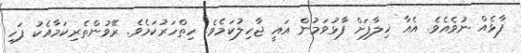
ފާޅެއް ނުވެއެވެ. އެއާ ޚިލާފަށް ފާޅުވަމުން އައީ ޖާހިލުކަމެވެ. ހިތްހަރުކަމެވެ. ރޭވުންތެރިކަމާއެކު ފަހި